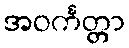
အဝင်္ကတ္တာ